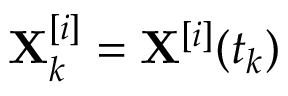
\mathbf { X } _ { k } ^ { [ i ] } = \mathbf { X } ^ { [ i ] } ( t _ { k } )